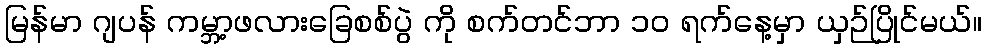
မြန်မာ ဂျပန် ကမ္ဘာ့ဖလားခြေစစ်ပွဲ ကို စက်တင်ဘာ ၁၀ ရက်နေ့မှာ ယှဉ်ပြိုင်မယ်။